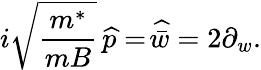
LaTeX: i\sqrt{\frac{m^{*}}{mB}}\, \widehat{p}=\widehat{\! \bar{w}}=2\partial_{w}.